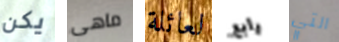
يكن ماهى لعائلة رابع التي